Annual administration report of the Civil Veterinary Department of India - 1897-1898
Year: 1897
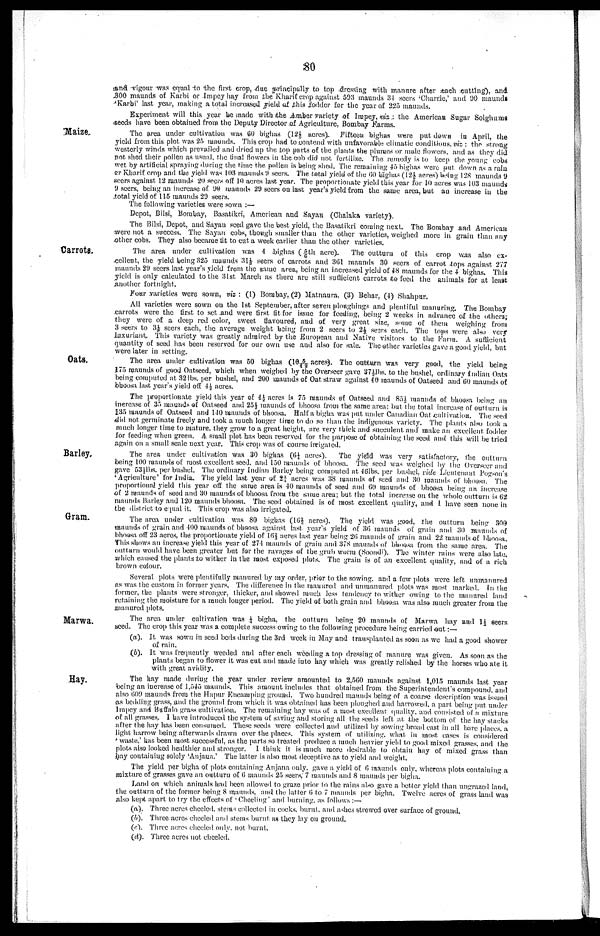
80
and vigour was equal to the first crop, due principally to top dressing with manure after each cutting), and
300 maunds of Karbi or Impey hay from the Kharif crop against 593 maunds 34 seers 'Charrie,' and 90 maunds
'Karbi' last year, making a total increased yield of this fodder for the year of 225 maunds.
Experiment will this year be made with the Amber variety of Impey, viz: the American Sugar Solghums
seeds have been obtained from the Deputy Director of Agriculture, Bombay Farms.
Maize
The area under cultivation was 60 bighas (12½ acres). Fifteen bighas were put down in April, the
yield from this plot was 25 maunds. This crop had to contend with unfavorable climatic conditions, viz: the strong
westerly winds which prevailed and dried up the top parts of the plants the plumes or male flowers, and as they did
not shed their pollen as usual, the final flowers in the cob did not fertilize. The remedy is to keep the young cobs
wet by artificial spraying during the time the pollen is being shed. The remaining 45 bighas were put down as a rain
or Kharif crop and the yield was 103 maunds 9 seers. The total yield of the 60 bighas (12½ acres) being 128 maunds 9
seers against 12 maunds 20 seers off 10 acres last year. The proportionate yield this year for 10 acres was 103 maunds
9 seers, being an increase of 90 maunds 29 seers on last year's yield from the same area, but an increase in the
total yield of 115 maunds 29 seers.
The following varieties were sown:—
Depot, Bilsi, Bombay, Basatikri, American and Sayan (Chalaka variety).
The Bilsi, Depot, and Sayan seed gave the best yield, the Basatikri coming next. The Bombay and American
were not a success. The Sayan cobs, though smaller than the other varieties, weighed more in grain than any
other cobs. They also became fit to cut a week earlier than the other varieties.
Carrots.
The area under cultivation was 4 .bighas (5/6th acre).
The outturn of this crop was also ex-
cellent, the yield being 325 maunds 31½ seers of carrots and 361 maunds 30 seers of carrot tops against 277
maunds 29 seers last year's yield from the same area, being an increased yield of 48 maunds for the 4 bighas. This
yield is only calculated to the 31st March as there are still sufficient carrots to feed the animals for at least
another fortnight.
Four varieties were sown, viz : (1) Bombay, (2) Matnaura, (3) Behar, (4) Shahpur.
All varieties were sown on the 1st September, after seven ploughings and plentiful manuring. The Bombay
carrots were the first to set and were first fit for issue for feeding, being 2 weeks in advance of the others;
they were of a deep red color, sweet flavoured, and of very great size, some of them weighing from
3 seers to 3½ seers each, the average weight being from 2 seers to 2½ seers each. The tops were also very
luxuriant. This variety was greatly admired by the European and Native visitors to the Farm. A sufficient
quantity of seed has been reserved for our own use and also for sale. The other varieties gave a good yield, but
were later in setting.
Oats.
The area under cultivation was 50 bighas (10 5/12 acres). The outturn was very good, the yield being
175 maunds of good Oatseed, which when weighed by the Overseer gave 37½lbs. to the bushel, ordinary Indian Oats
being computed at 32lbs. per bushel, and 200 maunds of Oat straw against 40 maunds of Oatseed and 60 maunds of
bhoosa last year's yield off 4½ acres.
The proportionate yield this year of 4½ acres is 75 maunds of Oatseed and 85½ maunds of bhoosa being an
increase of 35 maunds of Oatseed and 25½ maunds of bhoosa from the same area; but the total increase of outturn is
135 maunds of Oatseed and 140 maunds of bhoosa. Half a bigha was put under Canadian Oat cultivation. The seed
did not germinate freely and took a much longer time to do so than the indigenous variety. The plants also took a
much longer time to mature, they grow to a great height, are very thick and succulent and make an excellent fodder
for feeding when green. A small plot has been reserved for the purpose of obtaining the seed and this will be tried
again on a small scale next year. This crop was of course irrigated.
Barley.
The area under cultivation was 30 bighas (6¼ acres).
The yield was very satisfactory, the outturn
being 100 maunds of most excellent seed, and 150 maunds of bhoosa. The seed was weighed by the Overseer and
gave 53½lbs. per bushel. The ordinary Indian Barley being computed at 46lbs. per bushel, vide Lieutenant Pogson's
'Agriculture' for India. The yield last year of 2 ¾ acres was 38 maunds of seed and 30 maunds of bhoosa. The
proportional yield this year off the same area is 40 maunds of seed and (60 maunds of bhoosa being an increase
of 2 maunds of seed and 30 maunds of bhoosa from the same area; but the total increase on the whole outturn is 62
maunds Barley and 120 maunds bhoosa. The seed obtained is of most excellent quality, and I have seen none in
the district to equal it. This crop was also irrigated.
Gram.
The area under cultivation was 80 bighas (16 2/3 acres). The yield was good, the outturn being 300
maunds of grain and 400 maunds of bhoosa against last year's yield of 36 maunds of grain and 30 maunds of
bhoosa off 23 acres, the proportionate yield of 162/3 acres last year being 26 maunds of grain and 22 maunds of bhoosa.
This shows an increase yield this year of 274 maunds of grain and 378 maunds of bhoosa from the same area. The
outturn would have been greater but for the ravages of the grub worm (Soondi). The winter rains were also late,
which caused the plants to wither in the most exposed plots. The grain is of an excellent quality, and of a rich
brown colour.
Several plots were plentifully manured by my order, prior to the sowing, and a few plots were left unmanured
as was the custom in former years. The difference in the manured and unmanured plots was most marked. In the
former, the plants were stronger, thicker, and showed much less tendency to wither owing to the manured land
retaining the moisture for a much longer period. The yield of both grain and bhoosa was also much greater from the
manured plots.
Marwa.
The area under cultivation was ¼ bigha, the outturn being 20 maunds of Marwa hay and 1½ seers
seed. The crop this year was a complete success owing to the following procedure being carried out:—
(a). It was sown in seed beds during the 3rd week in May and transplanted as soon as we had a good shower
of rain.
(b). It was frequently weeded and after each weeding a top dressing of manure was given. As soon as the
plants began to flower it was cut and made into hay which was greatly relished by the horses who ate it
with great avidity.
Hay.
The hay made during the year under review amounted to 2,560 maunds against 1,015 maunds last year
being an increase of 1,545 maunds. This amount includes that obtained from the Superintendent's compound, and
also 609 maunds from the Hapur Encamping ground. Two hundred maunds being of a coarse description was issued
as bedding grass, and the ground from which it was obtained has been ploughed and harrowed, a part being put under
Impey and Buffalo grass cultivation. The remaining hay was of a most excellent quality, and consisted of a mixture
of all grasses. I have introduced the system of saving and storing all the seeds left at the bottom of the hay stacks
after the hay has been consumed. These seeds were collected and utilized by sowing broad cast in all bare places, a
light barrow being afterwards drawn over the places. This system of utilizing, what in most cases is considered
' waste,' has been most successful, as the parts so treated produce a much heavier yield to good mixed grasses, and the
plots also looked healthier and stronger. I think it: is much more desirable to obtain hay of mixed grass than
hay containing solely 'Anjana.' The latter is also most deceptive as to yield and weight.
The yield per bigha of plots containing Anjana only, gave a yield of 6 maunds only, whereas plots containing a
mixture of grasses gave an outturn of 6 maunds 25 seers, 7 maunds and 8 maunds per bigha.
Land on which animals had been allowed to graze prior to the rains also gave a better yield than ungrazed land,
the outturn of the former being 8 maunds, and the latter 6 to 7 maunds per bigha. Twelve acres of grass land was
also kept apart to try the effects of Cheeling' and burning, as follows:—
(a). Three acres cheeled, stems collected in cocks, burnt, and ashes strewed over surface of ground.
(b). Three acres cheeled and stems burnt as they lay on ground.
(c). Three acres cheeled only, not burnt.
(d). Three acres not cheeled.